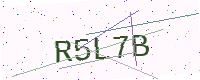
Text: R5L7B